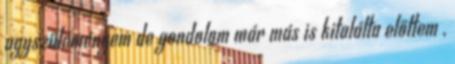
agyszüleményem de gondolom már más is kitalálta előttem ,